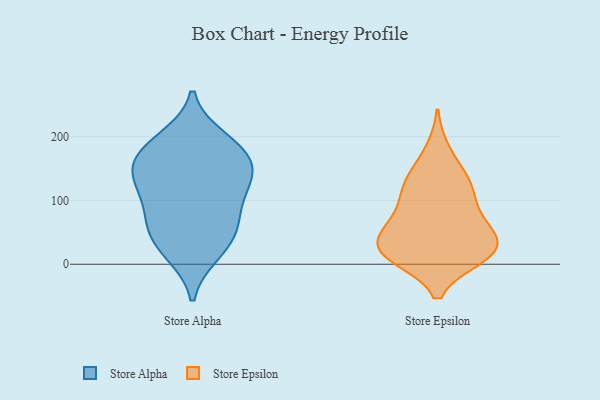
{"axis": {"x": "Humidity (%)", "y": "Value"}, "legend": ["Store Alpha", "Store Epsilon"], "data": [{"x": "", "y": 22, "type": "Store Alpha"}, {"x": "", "y": 54, "type": "Store Alpha"}, {"x": "", "y": 143, "type": "Store Alpha"}, {"x": "", "y": 17, "type": "Store Alpha"}, {"x": "", "y": 86, "type": "Store Alpha"}, {"x": "", "y": 69, "type": "Store Alpha"}, {"x": "", "y": 180, "type": "Store Alpha"}, {"x": "", "y": 165, "type": "Store Alpha"}, {"x": "", "y": 155, "type": "Store Alpha"}, {"x": "", "y": 133, "type": "Store Alpha"}, {"x": "", "y": 54, "type": "Store Alpha"}, {"x": "", "y": 197, "type": "Store Alpha"}, {"x": "", "y": 125, "type": "Store Alpha"}, {"x": "", "y": 117, "type": "Store Alpha"}, {"x": "", "y": 187, "type": "Store Alpha"}, {"x": "", "y": 11, "type": "Store Epsilon"}, {"x": "", "y": 138, "type": "Store Epsilon"}, {"x": "", "y": 20, "type": "Store Epsilon"}, {"x": "", "y": 12, "type": "Store Epsilon"}, {"x": "", "y": 40, "type": "Store Epsilon"}, {"x": "", "y": 123, "type": "Store Epsilon"}, {"x": "", "y": 41, "type": "Store Epsilon"}, {"x": "", "y": 71, "type": "Store Epsilon"}, {"x": "", "y": 34, "type": "Store Epsilon"}, {"x": "", "y": 14, "type": "Store Epsilon"}, {"x": "", "y": 110, "type": "Store Epsilon"}, {"x": "", "y": 178, "type": "Store Epsilon"}, {"x": "", "y": 126, "type": "Store Epsilon"}, {"x": "", "y": 63, "type": "Store Epsilon"}, {"x": "", "y": 80, "type": "Store Epsilon"}, {"x": "", "y": 19, "type": "Store Epsilon"}]}